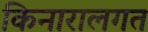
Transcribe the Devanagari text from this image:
किनारालगत